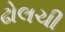
ઢોલચી